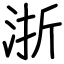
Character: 浙